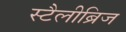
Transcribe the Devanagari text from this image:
स्टैलीब्रिज